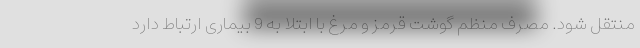
منتقل شود. مصرف منظم گوشت قرمز و مرغ با ابتلا به 9 بیماری ارتباط دارد